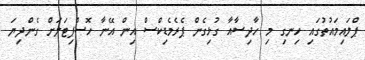
ޕްލައިމައުތުގައި ހިނގި މި ހާދިސާއާ ގުޅިގެން ޕެރެމެޑިކްސް އިން އޭނާ ހޮސްޕިޓަަލަށް ގެންދިޔަ